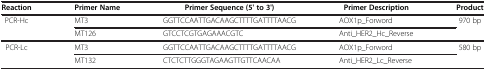
<table><thead><tr><td><b>Reaction</b></td><td><b>Primer Name</b></td><td><b>Primer Sequence (5&#x27; to 3&#x27;)</b></td><td><b>Primer Description</b></td><td><b>Product</b></td></tr></thead><tbody><tr><td rowspan="2">PCR-Hc</td><td>MT3</td><td>GGTTCCAATTGACAAGCTTTTGATTTTAACG</td><td>AOX1p_Forword</td><td rowspan="2">970 bp</td></tr><tr><td>MT126</td><td>GTCCTCGTGAGAAACGTC</td><td>Anti_HER2_Hc_Reverse</td></tr><tr><td rowspan="2">PCR-Lc</td><td>MT3</td><td>GGTTCCAATTGACAAGCTTTTGATTTTAACG</td><td>AOX1p_Forword</td><td rowspan="2">580 bp</td></tr><tr><td>MT132</td><td>CTCTCTTGGGTAGAAGTTGTTCAACAA</td><td>Anti_HER2_Lc_Reverse</td></tr></tbody></table>